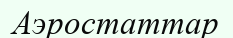
Аэростаттар